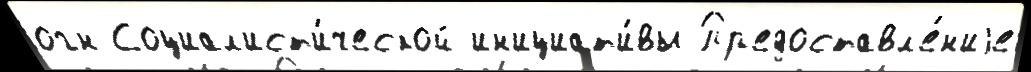
огн Социал'ист'и́ческой ин'ициат'и́вы Пр'едоставл'е́н'иjе